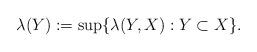
LaTeX: \begin{align*}\lambda(Y) :=\sup\lbrace\lambda(Y,X):Y\subset X\rbrace.\end{align*}